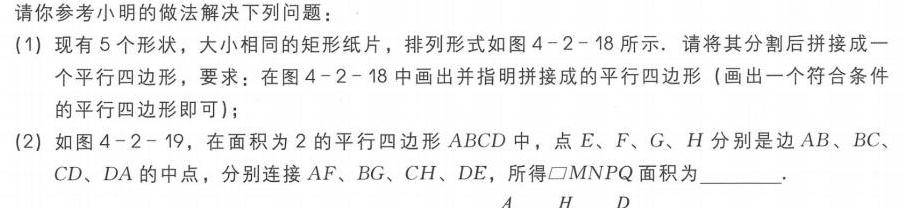
请你参考小明的做法解决下列问题：
(1) 现有5个形状，大小相同的矩形纸片，排列形式如图4 - 2 - 18所示. 请将其分割后拼接成一
个平行四边形，要求：在图4 - 2 - 18中画出并指明拼接成的平行四边形 (画出一个符合条件
的平行四边形即可)；
(2) 如图4 - 2 - 19，在面积为2的平行四边形\(ABCD\)中，点\(E、F、G、H\)分别是边\(AB、BC、\)
\(CD、DA\)的中点，分别连接\(AF、BG、CH、DE\)，所得\(\square MNPQ\)面积为 .